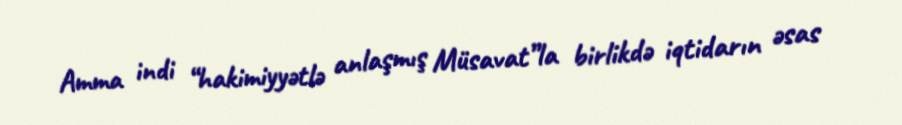
Amma indi “hakimiyyətlə anlaşmış Müsavat”la birlikdə iqtidarın əsas